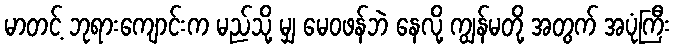
မာတင့် ဘုရားကျောင်းက မည်သို့ မျှ မေဝဖန်ဘဲ နေလို့ ကျွန်မတို့ အတွက် အပုံကြီး